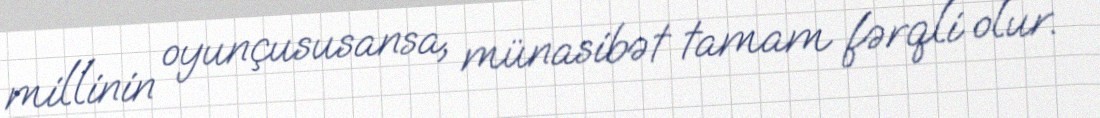
millinin oyunçususansa, münasibət tamam fərqli olur.